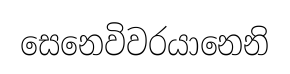
සෙනෙවිවරයානෙනි